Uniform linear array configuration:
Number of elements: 4
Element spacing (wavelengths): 0.75
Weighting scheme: uniform
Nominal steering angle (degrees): -45
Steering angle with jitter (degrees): -44.118
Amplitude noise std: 0.05
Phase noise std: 0.05

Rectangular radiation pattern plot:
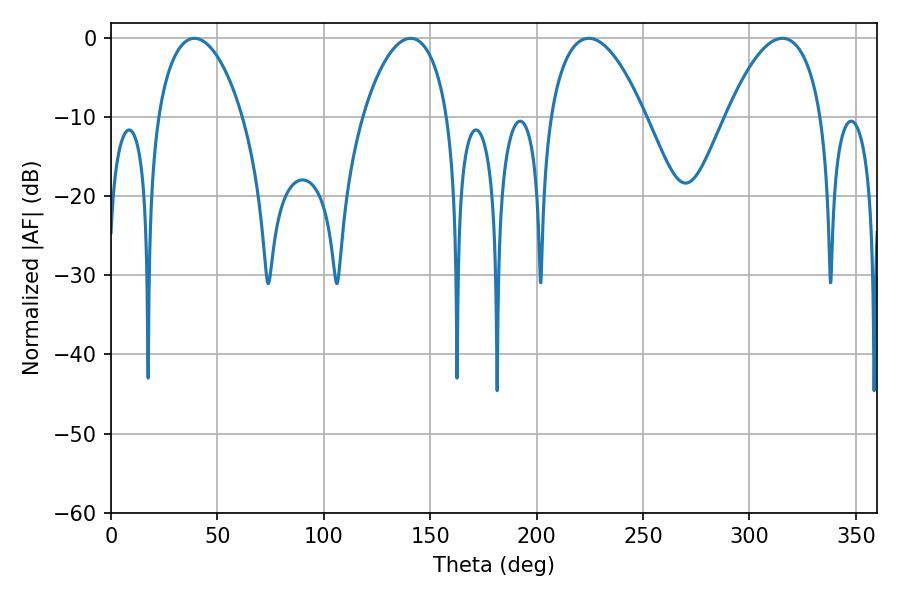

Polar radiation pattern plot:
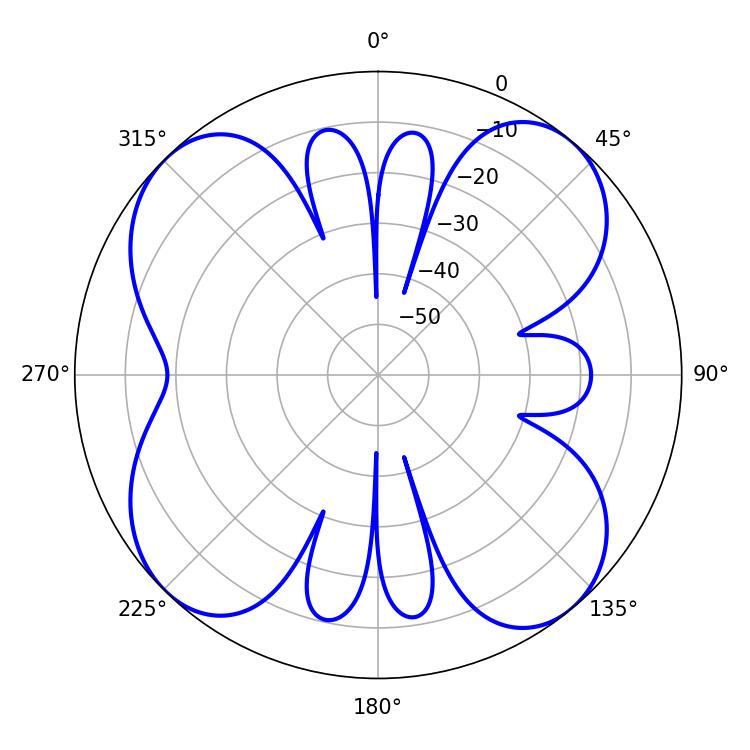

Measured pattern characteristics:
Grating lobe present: TRUE
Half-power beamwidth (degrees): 22.68
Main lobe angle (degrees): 39.24